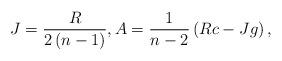
LaTeX: \begin{align*}J=\frac{R}{2\left( n-1\right) },A=\frac{1}{n-2}\left( Rc-Jg\right) ,\end{align*}